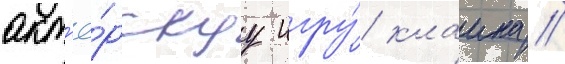
акт'ё́рскуу игру́ клаина //